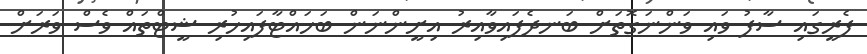
ފެރީގައި ސާފު ވައި ވަންނަގޮތަށް ބަނދެފައިވާއިރު އިށީންނަން ބަހައްޓާފައިހުރި ޝީޓްތައް ވެސް ވަރަށް